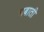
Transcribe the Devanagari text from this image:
चबाती